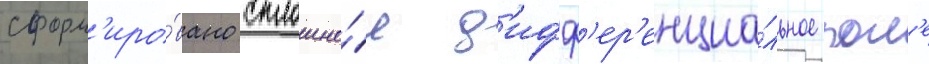
сформ'иро́вано сплошно́е д'ифф'ер'енциа́льное пол'е